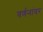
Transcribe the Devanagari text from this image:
वर्णनांवर